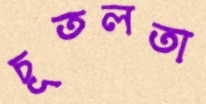
চূতলতা